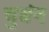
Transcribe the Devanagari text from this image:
चुबंन